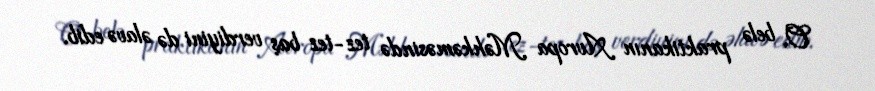
O, belə praktikanın Avropa Məhkəməsində tez-tez baş verdiyini də əlavə edib.